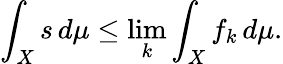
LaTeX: \int_{X}s\, d\mu\leq\operatorname*{lim}_{k}\int_{X}f_{k}\, d\mu.